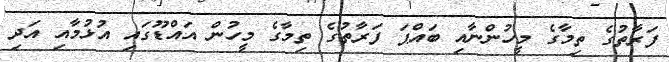
ފަރާތުގެ ތިމާގެ މީހުންނާއި ބައްޕަ ފަރާތުގެ ތިމާގެ މީހުން އައްޑޫގައި އުޅުމާއި އަދި